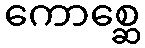
ကောစ္ဆေ